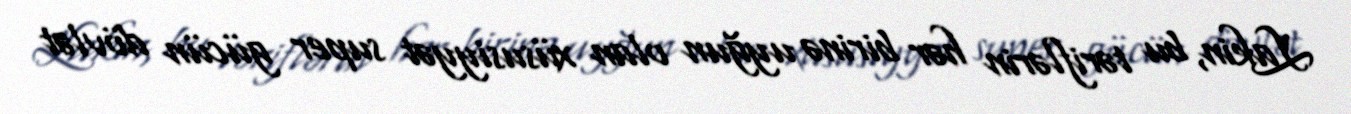
Lakin, bu təriflərin hər birinə uyğun olan xüsusiyyət super gücün dövlət